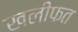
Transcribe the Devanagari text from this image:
खलीफत